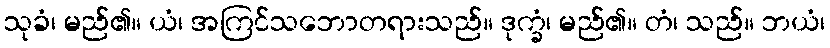
သုခံ၊ မည်၏။ ယံ၊ အကြင်သဘောတရားသည်။ ဒုက္ခံ၊ မည်၏။ တံ၊ သည်။ ဘယံ၊